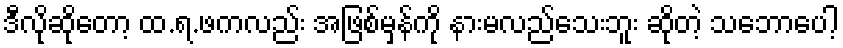
ဒီလိုဆိုတော့ ထ.ရ.ဖကလည်း အဖြစ်မှန်ကို နားမလည်သေးဘူး ဆိုတဲ့ သဘောပေါ့